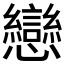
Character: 戀